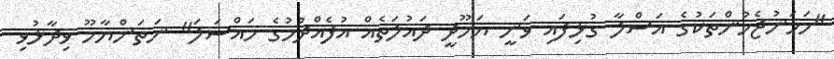
"ހަމަނުޖެހުންތަކުގެ އަސްލާ ގުޅިފައި ވަނީ ޔަހޫދީ ދައުލަތެއް އުފެއްދުމުގެ މައްސަލަ" ނަތަންޔާހޫ ވިދާޅުވި